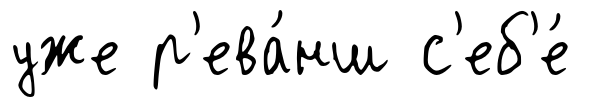
уже р'ева́нш с'еб'е́